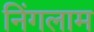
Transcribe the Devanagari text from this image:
निंगलाम